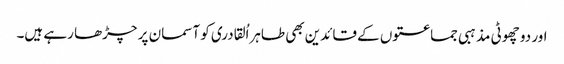
اور دو چھوٹی مذہبی جماعتوں کے قائدین بھی طاہراُلقادری کو آسمان پر چڑھا رہے ہیں۔